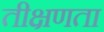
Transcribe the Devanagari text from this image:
तीक्षणता